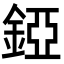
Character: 錏